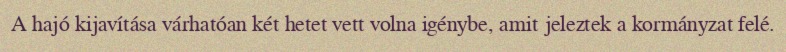
A hajó kijavítása várhatóan két hetet vett volna igénybe, amit jeleztek a kormányzat felé.